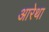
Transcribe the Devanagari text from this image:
आरेथा